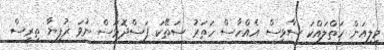
މިލިއަން ހަތްލައްކަ ސާޅިސް އެއްހާސް ހަތަރު ސަތޭކަ ފަސްދޮޅަސް ނުވަ ރުފިޔާ ތިރީސް